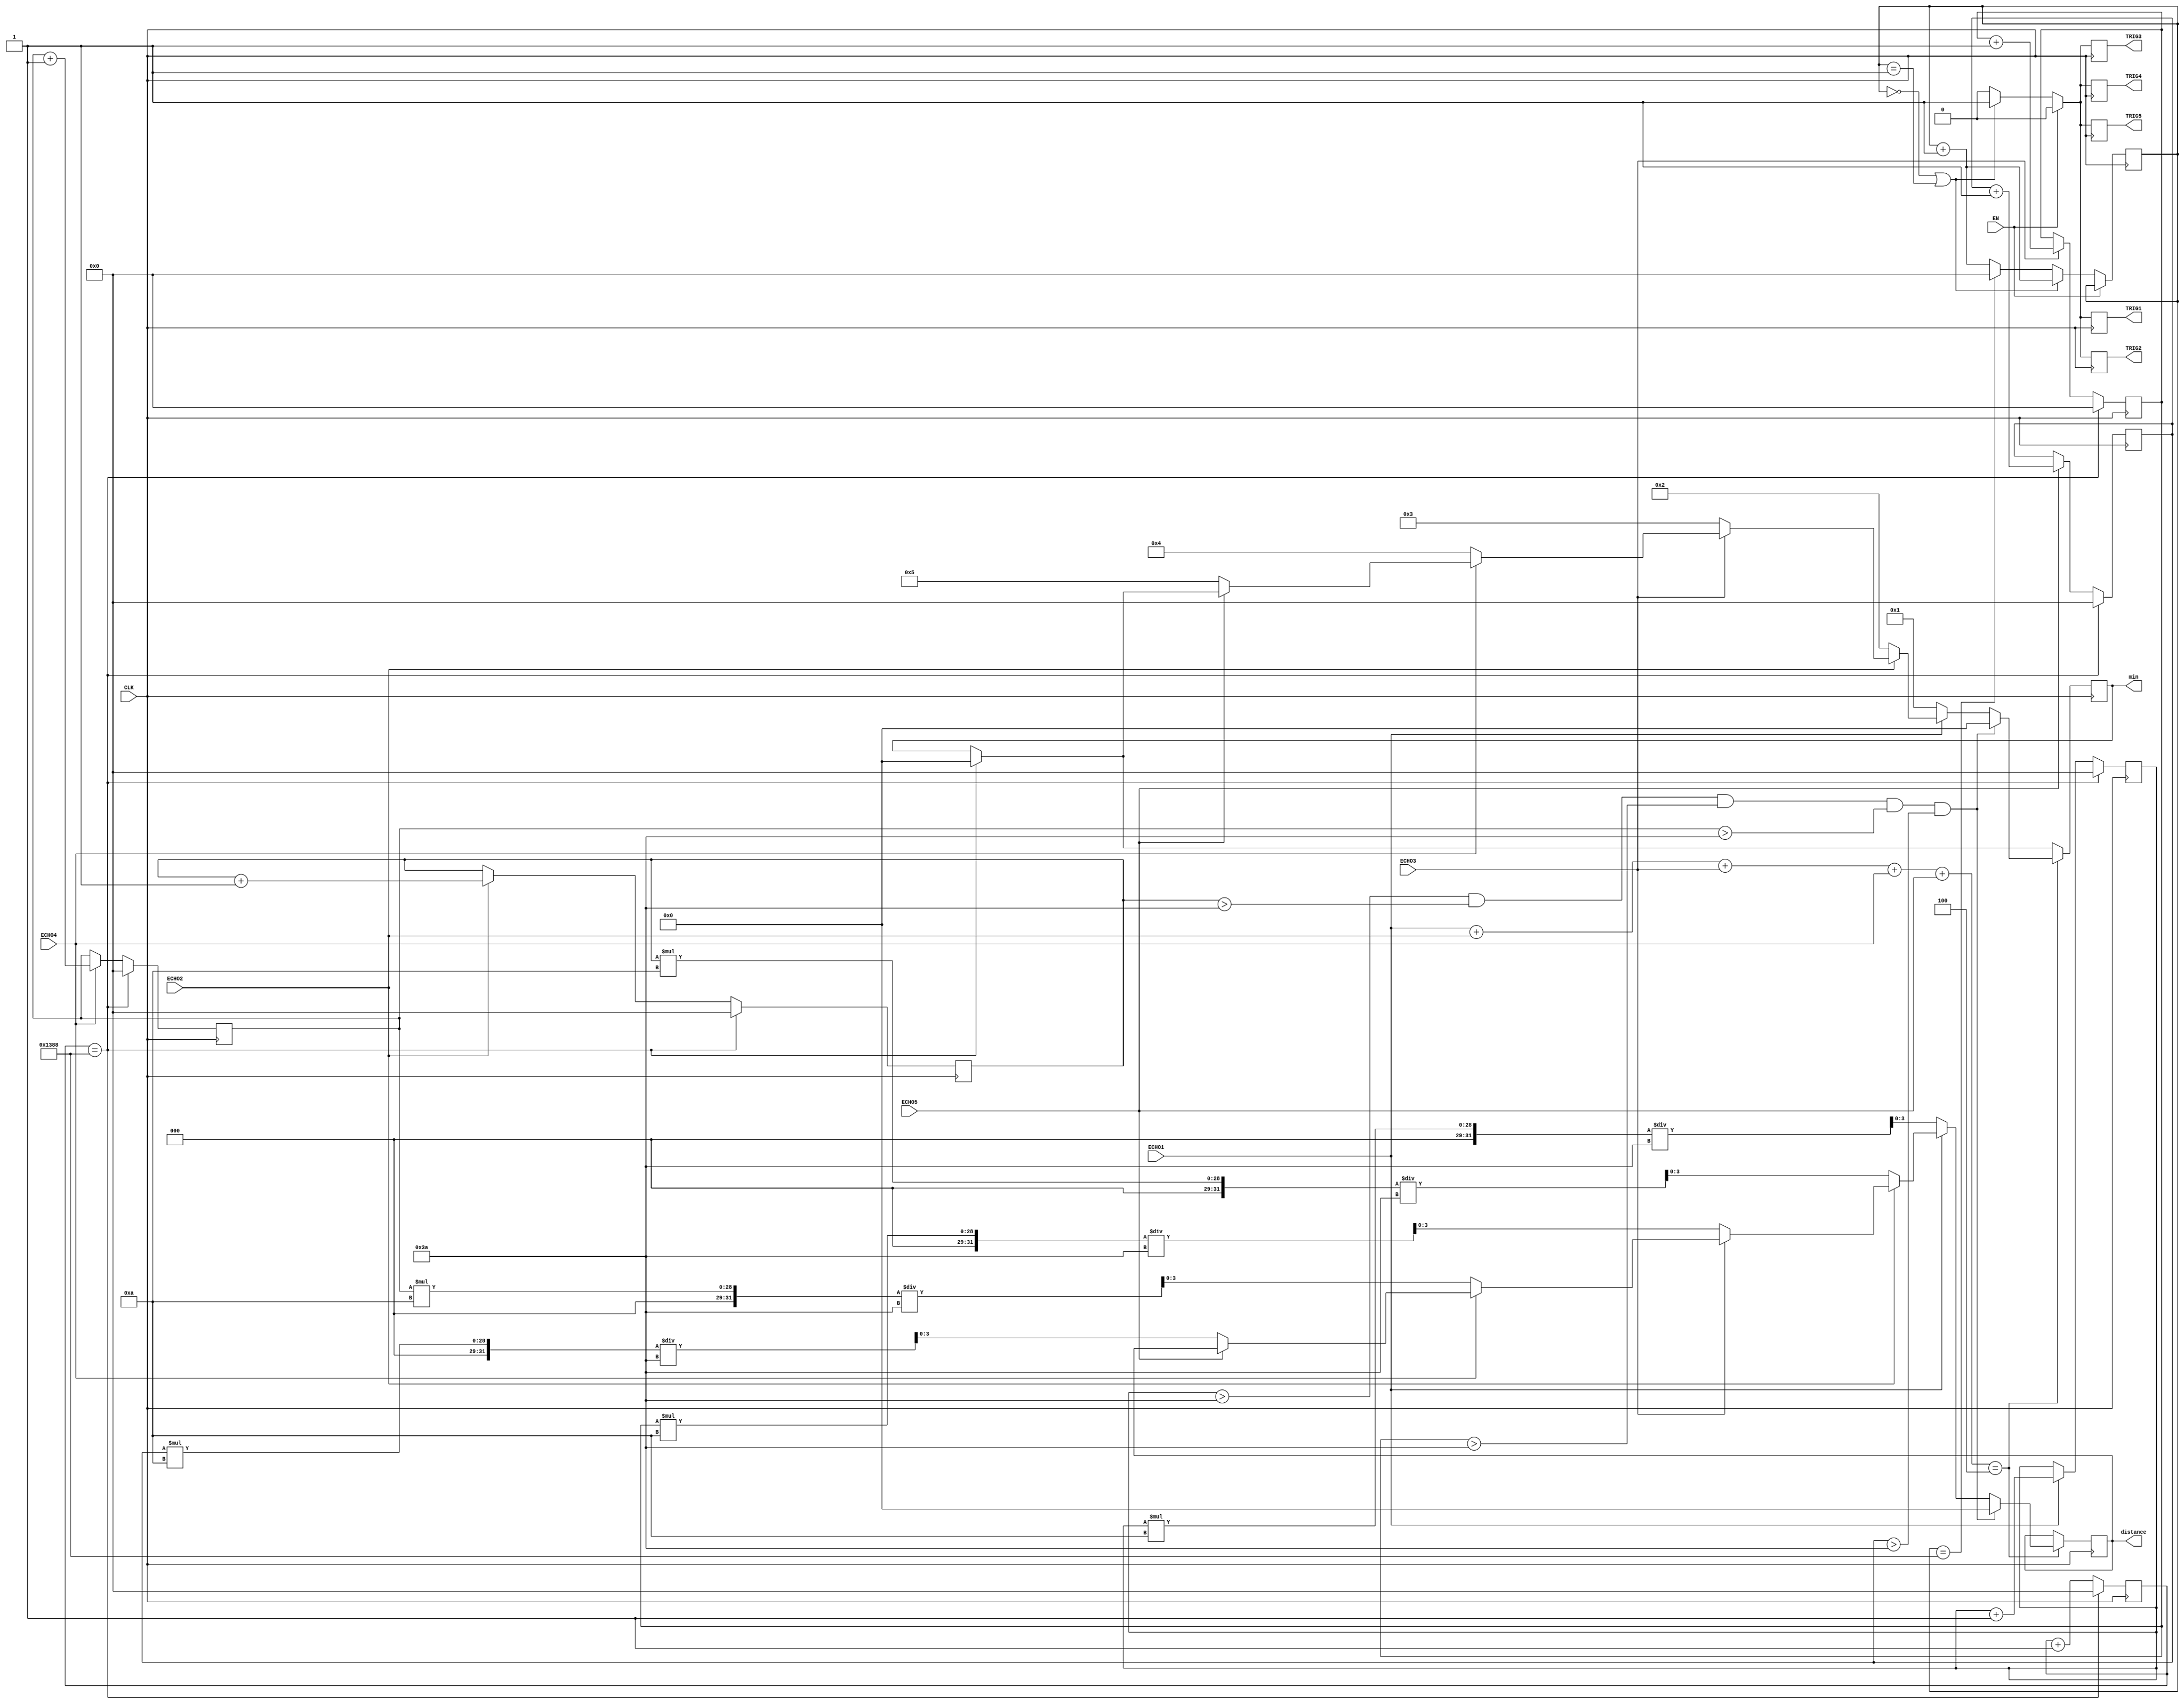
module surrounding(CLK,EN,TRIG1,TRIG2,TRIG3,TRIG4,TRIG5,ECHO1,ECHO2,ECHO3,ECHO4,ECHO5,min,distance);
input CLK;               //10us
input EN;                //
output reg [3:0] distance;
output reg TRIG1,TRIG2,TRIG3,TRIG4,TRIG5;         //
input ECHO1,ECHO2,ECHO3,ECHO4,ECHO5;              //
output reg [3:0] min;   //

reg [24:0] count;
reg [24:0] count0,count1,count2,count3,count4,count5;
reg [24:0] countsg;

initial 
begin 
    count<=0;
	 count0<=0;
	 count1<=0;
	 count2<=0;
	 count3<=0;
	 count4<=0;
	 count5<=0;
	 min<=0;
end

always @(posedge CLK)
begin
    if(EN==1)
	 begin 
	     TRIG1<=0;
		  TRIG2<=0;
		  TRIG3<=0;
		  TRIG4<=0;
		  TRIG5<=0;
	 end
	 else if(EN==0)
	 begin
	     if(count==0|count==1)  
		  begin
		        TRIG1<=1;
		        TRIG2<=1;
		        TRIG3<=1;
		        TRIG4<=1;
		        TRIG5<=1;
				  count<=count+1;
		  end
		  else if(count==5000)        //100ms
		  begin 
		        TRIG1<=0;
		        TRIG2<=0;
		        TRIG3<=0;
		        TRIG4<=0;
		        TRIG5<=0;
		        count<=0;
		  end
		  else 
		  begin 
		        TRIG1<=0;
		        TRIG2<=0;
		        TRIG3<=0;
		        TRIG4<=0;
		        TRIG5<=0;
				  count<=count+1;
		  end
	  end
end

always @(posedge CLK)
begin
    if(count0==5000)
	 begin
	     count0<=0;
	     count1<=0;
		  count2<=0;
		  count3<=0;
		  count4<=0;
		  count5<=0;
		  min<=0;
    end	  
	 else
	 begin
		   count0<=count0+1;
	      if(ECHO1==1)
			begin 
				count1<=count1+1;
			end
			if(ECHO2==1)
			begin 
			count2<=count2+1;
			end
			if(ECHO3==1)
			begin 
			count3<=count3+1;
			end
			if(ECHO4==1)
			begin 
			count4<=count4+1;
			end
			if(ECHO5==1)
			begin 
				count5<=count5+1;
			end
	 end
	 if(ECHO1+ECHO2+ECHO3+ECHO4+ECHO5==4)
	 begin
	     if(count1>58&&count2>58&&count3>58&&count4>58&&count5>58) //
		  begin
		      min<=0;
				distance<=0;
        end
        else if(ECHO1==0)
        begin
            min<=1;
				distance<=count1*10/58;
        end
        else if(ECHO2==0)
        begin
            min<=2;
				distance<=count2*10/58;
        end
        else if(ECHO3==0)
        begin
            min<=3;
            distance<=count3*10/58;
		  end 
        else if(ECHO4==0)
        begin
            min<=4;
				distance<=count4*10/58;
        end
        else if(ECHO5==0)
        begin
            min<=5;
				distance<=count5*10/58;
        end			  
	 end
end

endmodule